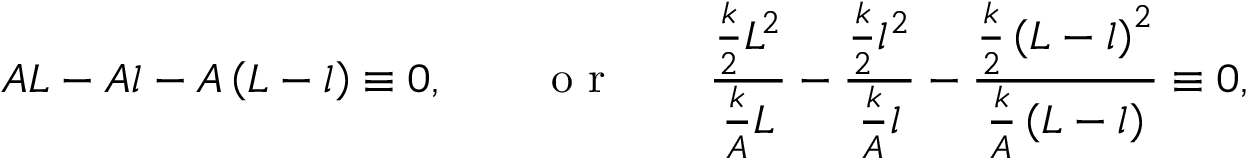
A L - A l - A \left( L - l \right) \equiv 0 , \quad \quad \mathrm { ~ o ~ r ~ } \quad \quad \frac { \frac { k } { 2 } L ^ { 2 } } { \frac { k } { A } L } - \frac { \frac { k } { 2 } l ^ { 2 } } { \frac { k } { A } l } - \frac { \frac { k } { 2 } \left( L - l \right) ^ { 2 } } { \frac { k } { A } \left( L - l \right) } \equiv 0 ,